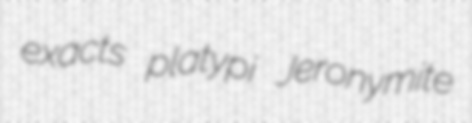
exacts platypi Jeronymite